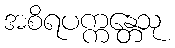
အစိရပက္ကန္တေသု